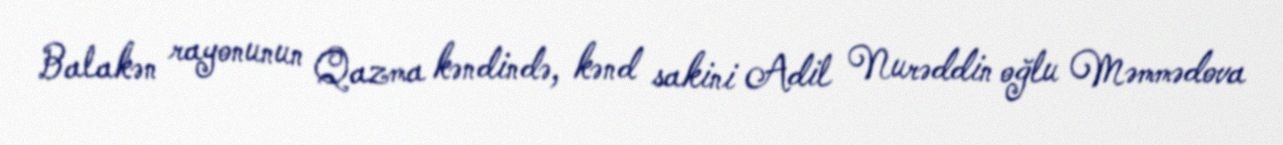
Balakən rayonunun Qazma kəndində, kənd sakini Adil Nurəddin oğlu Məmmədova